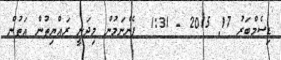
ޑިސެމްބަރު 17